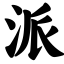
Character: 派